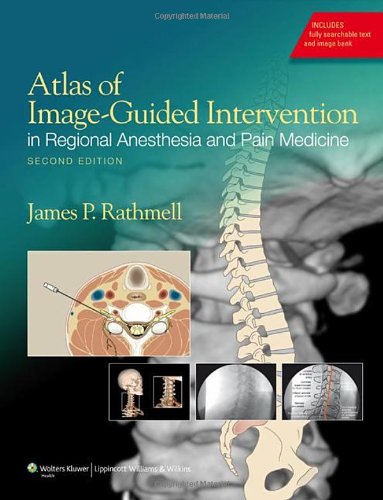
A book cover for Atlas of Image-Guided Intervention in Regional Anesthesia and Pain Medicine; James P. Rathmell MD; Medical Books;